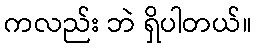
ကလည်း ဘဲ ရှိပါတယ်။